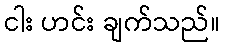
ငါး ဟင်း ချက်သည်။